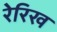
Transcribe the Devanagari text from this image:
रेरिख